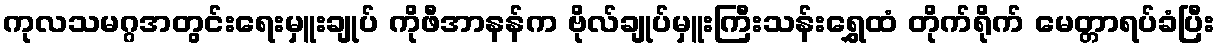
ကုလသမဂ္ဂအတွင်းရေးမှူးချုပ် ကိုဖီအာနန်က ဗိုလ်ချုပ်မှူးကြီးသန်းရွှေထံ တိုက်ရိုက် မေတ္တာရပ်ခံပြီး